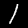
Label: 1